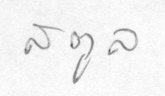
สตูล